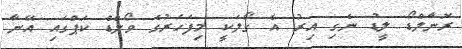
ރޮނާލްޑޯ ލީޑު ނެގި އިރު އެ ގޯލަކީ މިފަހަރުގެ ވޯލްޑް ކަޕްގައި އޭނާ